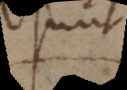
sunt